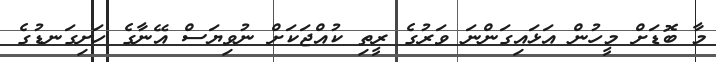
މާ ބޮޑަށް މީހުން އަޅައިގަންނަ ވަރުގެ ރީތި ކުއްޖަކަށް ނުވިޔަސް އޭނާގެ ހަށިގަނޑުގެ